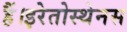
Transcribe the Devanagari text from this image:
हैं।इरेतोस्थेनस